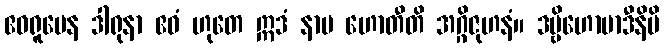
ဧဝရူပေန ဒါရုနာ ဧဝံ ဟုတေ ဣဒံ နာမ ဟောတီတိ အဂ္ဂိဇုဟနံ။ ဒဗ္ဗိဟောမာဒီနိပိ